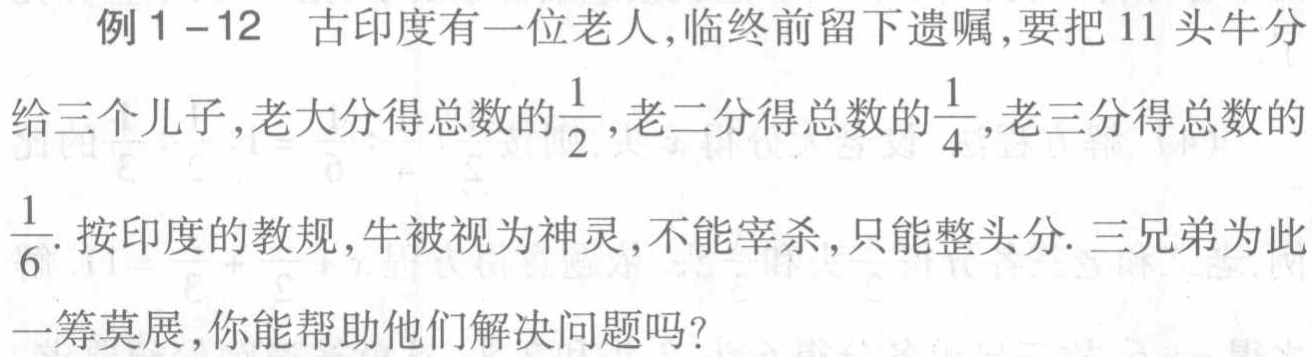
例1 - 12 古印度有一位老人,临终前留下遗嘱,要把 11 头牛分给三个儿子,老大分得总数的$\frac{1}{2}$,老二分得总数的$\frac{1}{4}$,老三分得总数的$\frac{1}{6}$. 按印度的教规,牛被视为神灵,不能宰杀,只能整头分. 三兄弟为此一筹莫展,你能帮助他们解决问题吗?